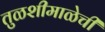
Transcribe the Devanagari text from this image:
तुळशीमाळेची